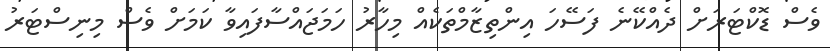
ވެސް ޑޮކްޓަރަށް ދެއްކޭނެ ފަސޭހަ އިންތިޒާމްތަކެއް މިހާރު ހަމަޖައްސާފައިވާ ކަމަށް ވެސް މިނިސްޓަރު